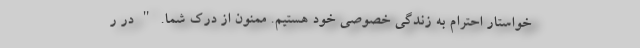
خواستار احترام به زندگی خصوصی خود هستیم. ممنون از درک شما. " در ر